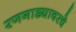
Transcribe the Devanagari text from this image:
रणगाड्यावरचे